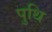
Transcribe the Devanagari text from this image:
पुथि